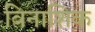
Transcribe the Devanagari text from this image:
विनाशिक